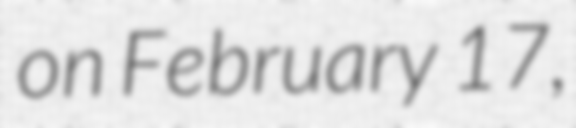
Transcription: on February 17,